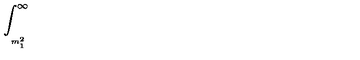
\int _ { _ { _ { _ { m _ { 1 } ^ { 2 } } } } } ^ { \infty } \protect